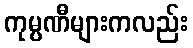
ကုမ္ပဏီများကလည်း